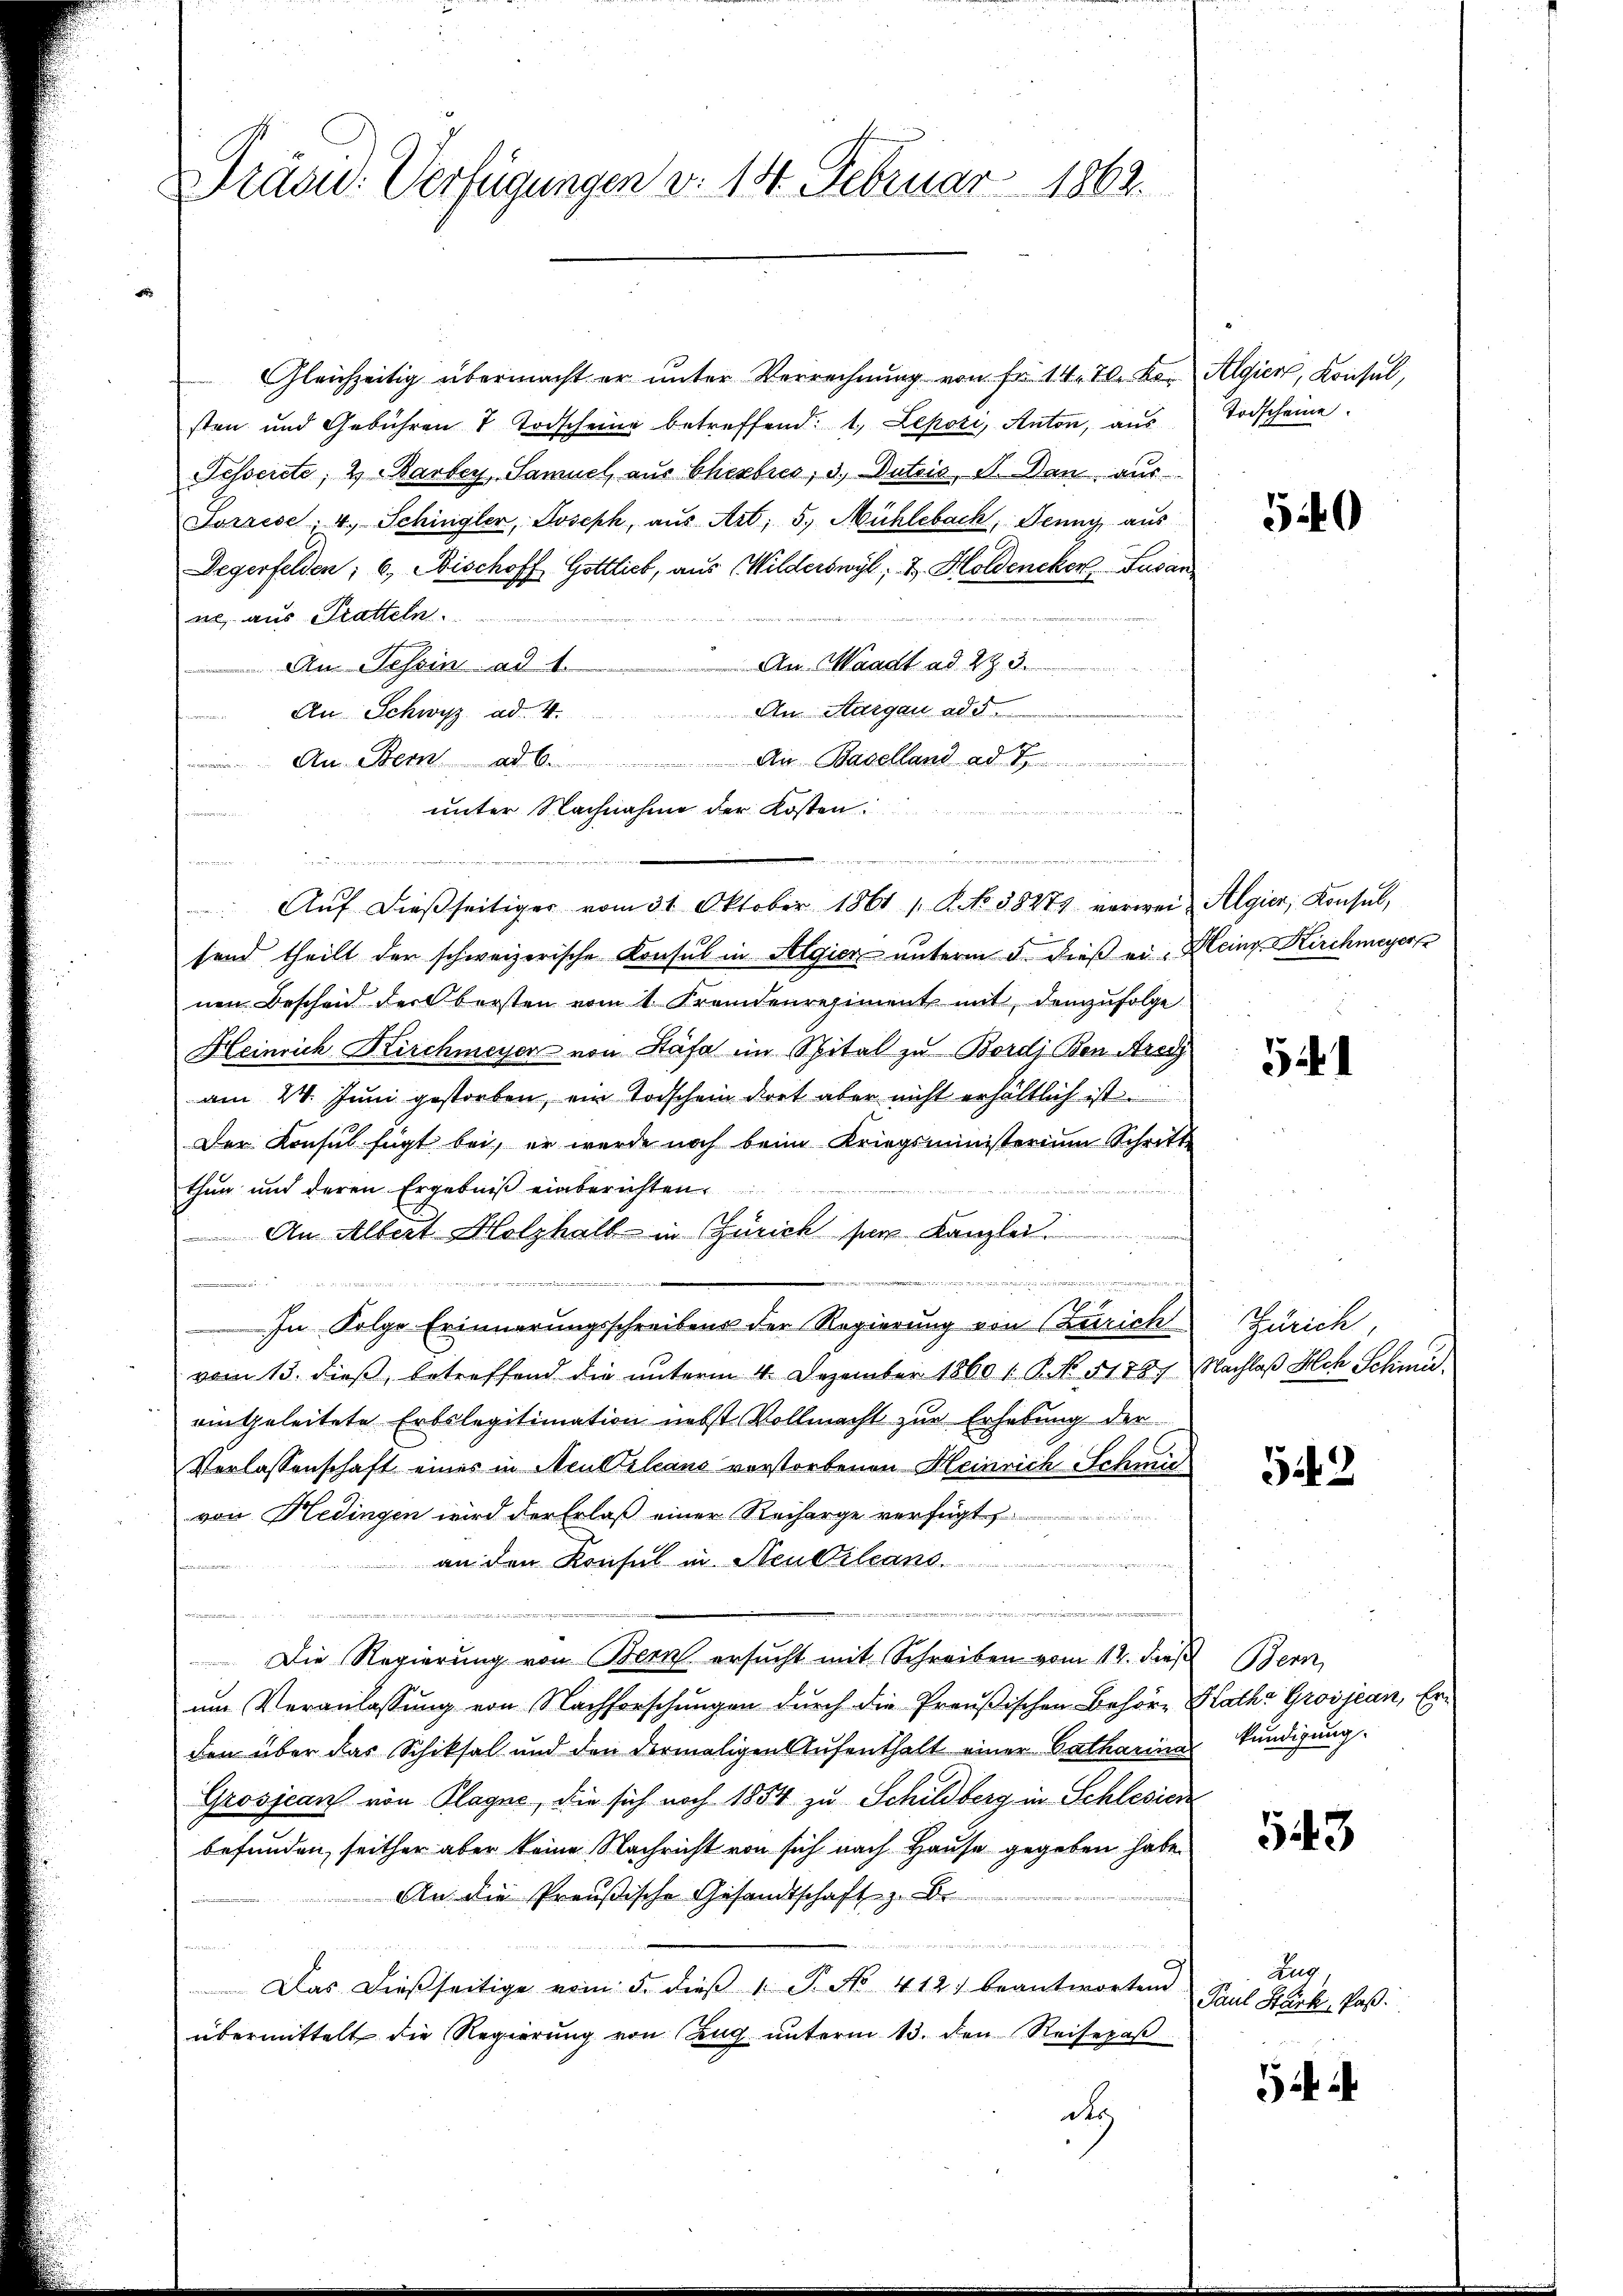
Dräsid. Verfügungen d. 14. Februar 1862.

Gleichzeitig übermacht er unter Verrechnung von fr. 14. Testor Algien, Konsul,
sten und Gebühren 7 Todscheine betreffend: 1. Lepoti, Anton, aus
Fesserete; 2) Barbey, Samuel aus Cherbres, 3., Dutzis, S. Dan aus
Sorrese; 4. Schingler, Joseph, aus Art. 5. Mühlebach, Jenny aus
Degerfelden, 6. Mischoff Gottlieb, aus Milderswyl, & Holdencken Susan
ne, aus Pratteln.
An Waadt ad 293.
An Tessin ad 1.
An Aargau add
An Schwyz ad. 4.
An Baselland ad
An Stern 6
unter Nachnahme der Kosten.

Aŭf dießseitiger vom 31. Oktober 1861 1 S. No 38274 verwei- Algier, Konsul,
fend theilt der schweizerische Konsul in Algien unterm 5. dieß ein Heinz Kirchmeyer
nen Beschend der bersten vom 1. Fremdenregiment mit demzufolge
Heinrich Kirchmeyer von Stäfa im Spital zu Bordj Den Arac
am 24. Juni gestorben, ein Todschein dort aber nicht erhältlich ist.
Der Konsul fügt bei, er werde noch beim Kriegsministerium Schritt-
thun und deren Ergebniβ einberichten.
An Albert Holzhall in Züricht ser Kanzlei
.
 , in den und ein neu unten werden wenn wir verf

In Folge Erinnerungsschreibens der Regierung von Zürich
vom 13. dieß, betreffend die unterm 4. Dezember 1860 /: P. No. 51767
eingeleitete Erbslegitimation nebst Vollmacht zur Erhebung der
Verlassenschaft eines in Meuttilians vorstorbenen Heinrich Schmievon Hedingen wird der Erlaß einer Recharge verfügt
an den Konsul in Neubilans . . . . . . . .
i
nrenten seien
Die Regierung von Bern ersucht mit Schreiben vom 12. dieß Bern,
um Veranlassung von Nachforschungen durch die Preußischen Behöre
den über das Schiksal und den dermaligen Aufenthalt einer Catharina kundigung.
Grosjean von Plagne, die sich noch 1854 zu Schildberg in Schlesien
befunden, seither aber keine Nachricht von sich nach Hause gegeben habe.
An die Preußische Gesandtschaft z. B.

Das dießseitige vom 5. dieβ 1. P. No. 412 beantworten
übermittelt die Regierŭng von Zŭg ŭnterm 13. den Reisepaβ
d

Todscheine.

540

5

Zürich,
Nachlaß Alch Schmi¬

542

Raths Grosjean, Eri

543

Zug
Paul Stark, Paß